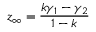
z _ { \infty } = { \frac { k \gamma _ { 1 } - \gamma _ { 2 } } { 1 - k } }